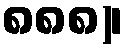
၈၈၈)၊